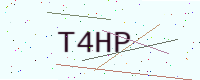
Text: T4HP